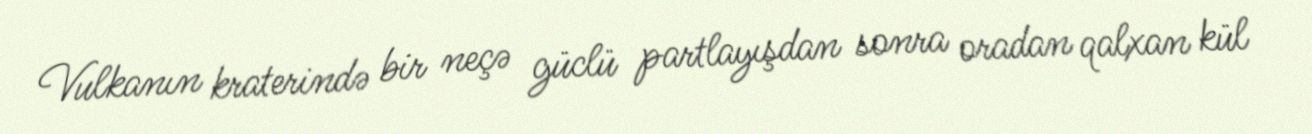
Vulkanın kraterində bir neçə güclü partlayışdan sonra oradan qalxan kül